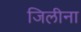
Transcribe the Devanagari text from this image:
जिलीना